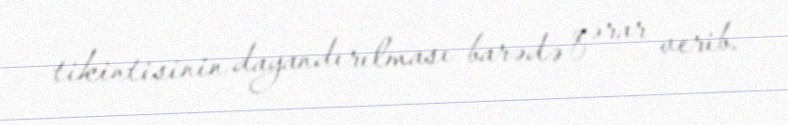
tikintisinin dayandırılması barədə qərar verib.